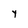
Character: y